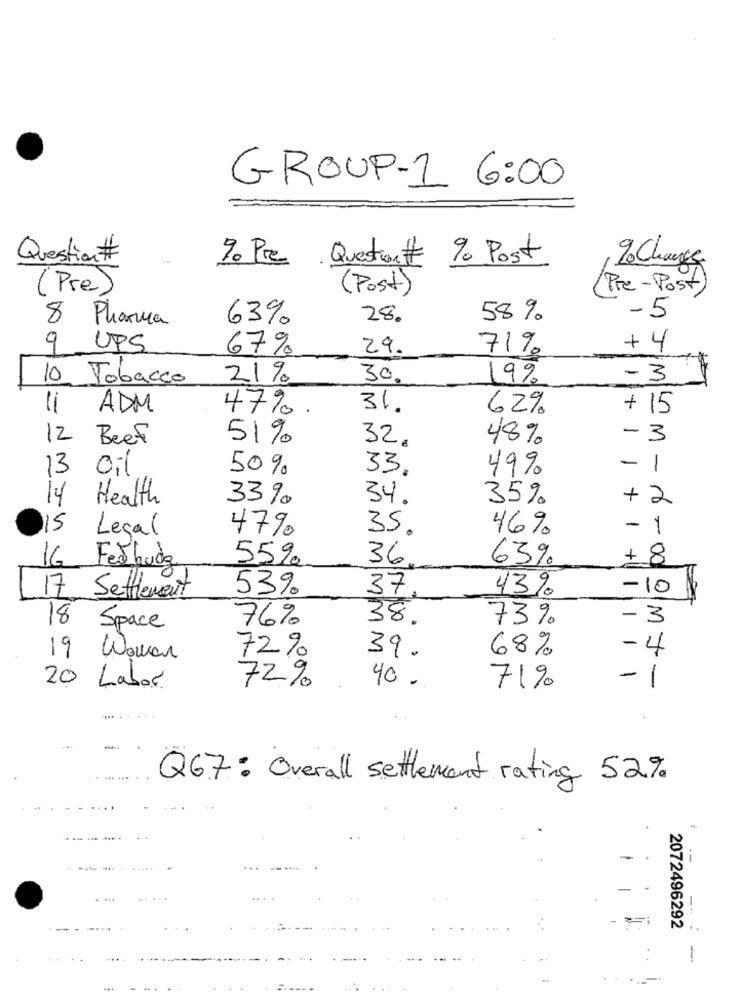
GROUP-1 6:00
Question#
%. Pre Question# % Post
% Change
(Pre)
(Post)
( Pre- Post)
8 Pharma
63%
28.
58%
-5
9 UPS
67%
29.
71%
+4
-
10 Tobacco
21%
30.
19%
-3
11 ADM
47%.
31.
62%
+ 15
12 Beef
51%
32.
48%
-3
-
oil
50%
33.
49%
1
13
14
Health
33%
34.
35%
+
2
15
Legal
46%
-
1
47%
35.
55%
63%
+ 8
16 Festbudg
36
53%
37
43%
-10
17 Settlement
76%
38.
-3
18 Space
73%
39.
68%
-4
19 Woman
72%
40 .
-1
20 Labor
72%
71%
.
Q67: Overall settlement rating 52%
--
.....
...-.....
2072496292